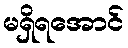
မရှိရအောင်